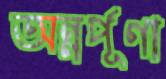
অন্নর্পূণা